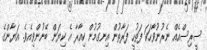
ސީރިސްއެއް ނެރުނުވާހަކަ ފަތުހީ ފަރާތުން އިނގުމުން ކިއާރާ އެ ކިޔަން ބޭނުންވިއެވެ. އަޔާންގެ